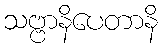
သဗ္ဗာနိပေတာနိ